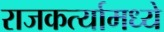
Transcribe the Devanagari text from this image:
राजकर्त्यामध्ये